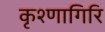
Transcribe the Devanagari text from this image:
कृश्णागिरि